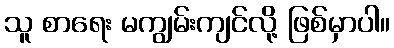
သူ စာရေး မကျွမ်းကျင်လို့ ဖြစ်မှာပါ။